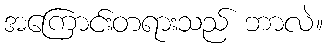
အကြောင်းတရားသည် ဘာလဲ။